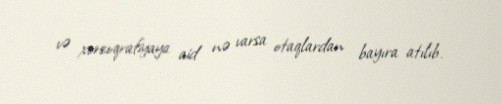
və xoreoqrafiyaya aid nə varsa otaqlardan bayıra atılıb.